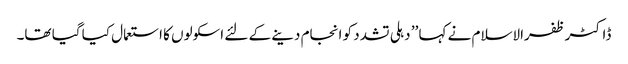
ڈاکٹر ظفرالاسلام نے کہا ’’ دہلی تشدد کو انجام دینے کے لئے اسکولوں کا استعمال کیا گیا تھا۔